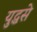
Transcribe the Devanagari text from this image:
युद्धसे